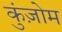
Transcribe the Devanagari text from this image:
कुंज़ोम